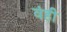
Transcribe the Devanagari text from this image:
वंही